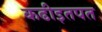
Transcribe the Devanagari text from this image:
कढीइतपत